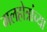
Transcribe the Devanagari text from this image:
मलहोत्रांच्या